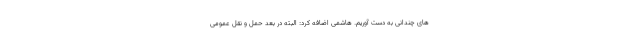
های چندانی به دست آوریم. هاشمی اضافه کرد: البته در بعد حمل و نقل عمومی